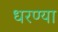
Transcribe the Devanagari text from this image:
धरण्या